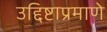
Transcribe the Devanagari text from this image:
उद्दिष्टाप्रमाणे